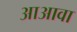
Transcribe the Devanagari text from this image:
आअावा